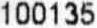
100135